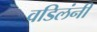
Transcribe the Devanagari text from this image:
वडिलंनी